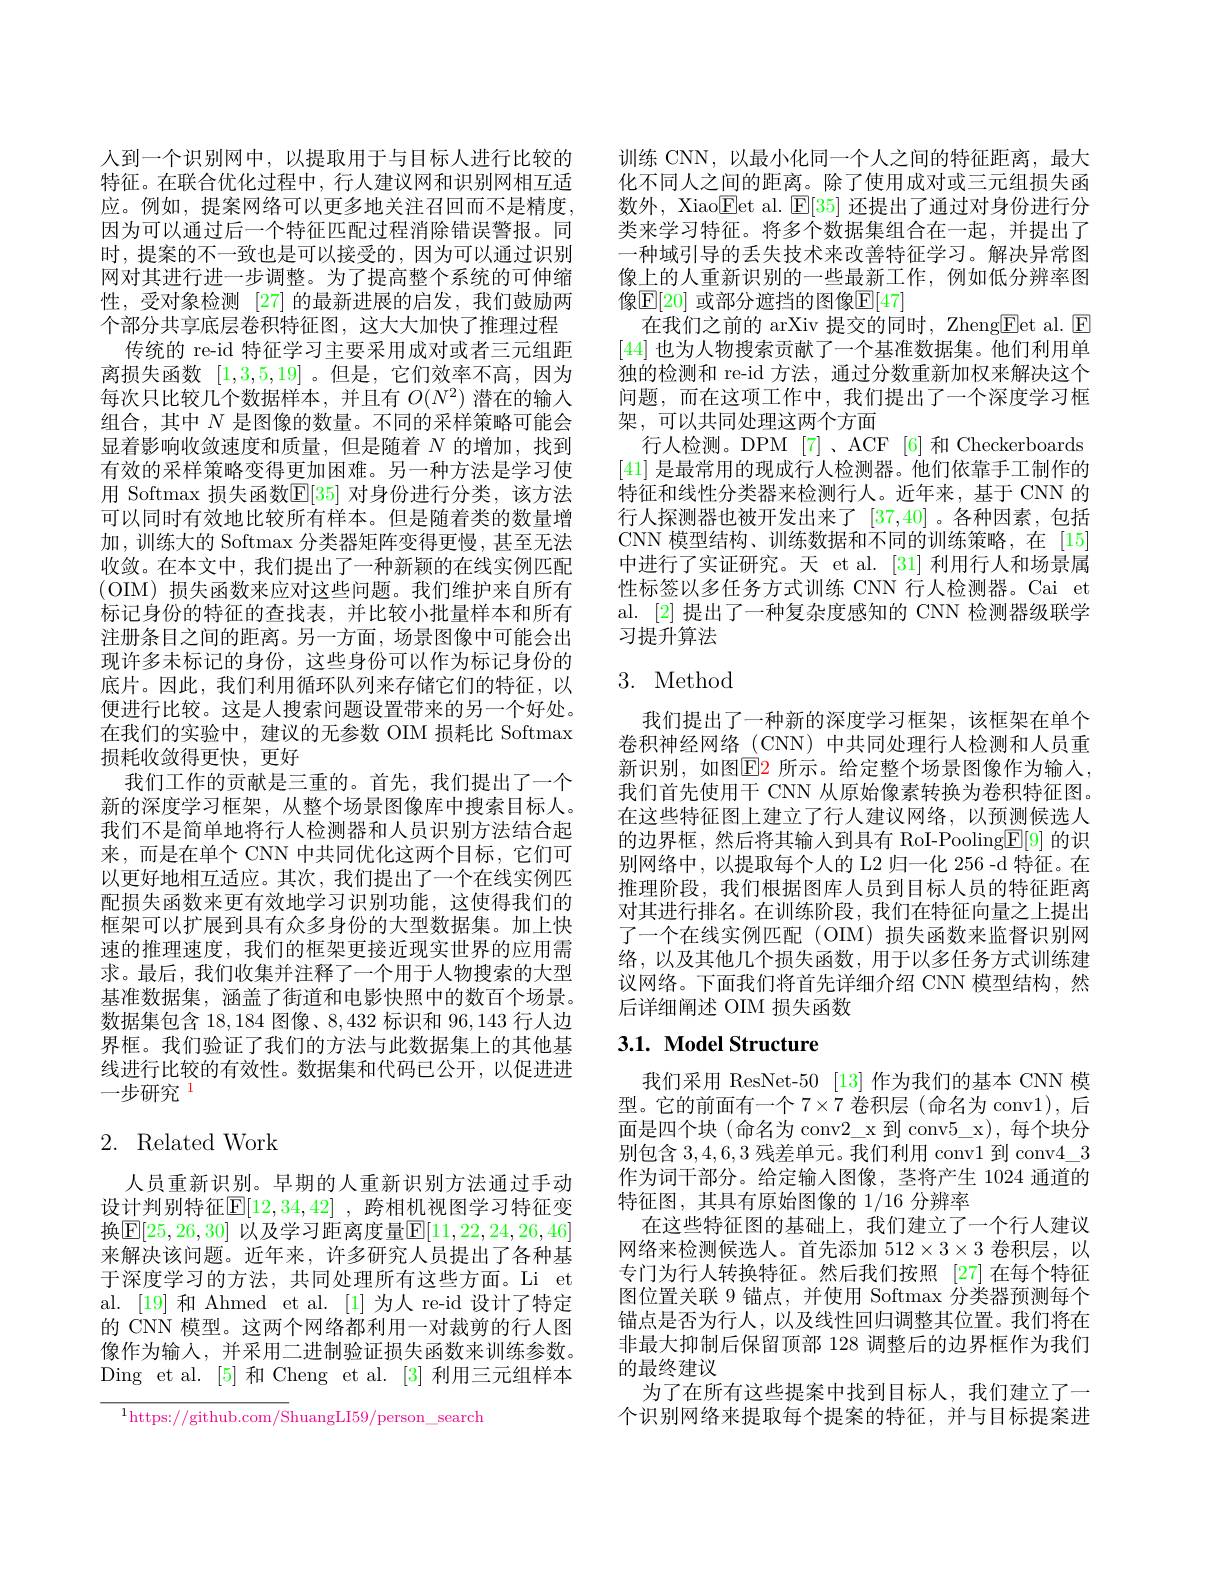
人到一个识别网中，以提取用于与目标人进行比较的特征。在联合优化过程中，行人建议网和识别网相互适应。例如，提案网络可以更多地关注召回而不是精度， 因为可以通过后一个特征匹配过程消除错误警报。同时，提案的不一致也是可以接受的，因为可以通过识别网对其进行进一步调整。为了提高整个系统的可伸缩性，受对象检测 [27] 的最新进展的启发，我们鼓励两个部分共享底层卷积特征图，这大大加快了推理过程
传统的 re-id 特征学习主要采用成对或者三元组距离损失函数[1,3,5,19] 。但是，它们效率不高，因为每次只比较几个数据样本，并且有$O(N^2)$潜在的输人组合，其中$N$是图像的数量。不同的采样策略可能会显着影响收敛速度和质量，但是随着$N$的增加，找到有效的采样策略变得更加困难。另一种方法是学习使用 Softmax 损失函数$\mathbb{E}[35]$ 对身份进行分类，该方法可以同时有效地比较所有样本。但是随着类的数量增加，训练大的 Softmax 分类器矩阵变得更慢，甚至无法收敛。在本文中，我们提出了一种新颖的在线实例匹配(OIM)损失函数来应对这些问题。我们维护来自所有标记身份的特征的查找表，并比较小批量样本和所有注册条目之间的距离。另一方面，场景图像中可能会出现许多未标记的身份，这些身份可以作为标记身份的底片。因此，我们利用循环队列来存储它们的特征，以便进行比较。这是人搜索问题设置带来的另一个好处。在我们的实验中，建议的无参数 OIM 损耗比 Softmax 损耗收敛得更快，更好
我们工作的贡献是三重的。首先，我们提出了一个新的深度学习框架，从整个场景图像库中搜索目标人。我们不是简单地将行人检测器和人员识别方法结合起来，而是在单个 CNN 中共同优化这两个目标，它们可以更好地相互适应。其次，我们提出了一个在线实例匹配损失函数来更有效地学习识别功能，这使得我们的框架可以扩展到具有众多身份的大型数据集。加上快速的推理速度，我们的框架更接近现实世界的应用需求。最后，我们收集并注释了一个用于人物搜索的大型基准数据集，涵盖了街道和电影快照中的数百个场景。数据集包含 18,184 图像、8,432 标识和 96,143 行人边界框。我们验证了我们的方法与此数据集上的其他基线进行比较的有效性。数据集和代码已公开，以促进进一步研究$^{1}$

# 2. Related Work

人员重新识别。早期的人重新识别方法通过手动设计判别特征$[\mathbb{E}[12,34,42]$ ,跨相机视图学习特征变换$\mathbb{E}[25,26,30]$ 以及学习距离度量$\mathbb{E}[11,22,24,26,46]$ 来解决该问题。近年来，许多研究人员提出了各种基于深度学习的方法，共同处理所有这些方面。Li et al. [19] 和 Ahmed et al. [1] 为人 re-id 设计了特定的 CNN 模型。这两个网络都利用一对裁剪的行人图像作为输入，并采用二进制验证损失函数来训练参数。Ding et al. [5] 和 Cheng et al. [3] 利用三元组样本

$^{1}$https://github.com/ShuangLI59/person search

训练 CNN,以最小化同一个人之间的特征距离，最大化不同人之间的距离。除了使用成对或三元组损失函数外，Xiao$\overline{\mathrm{E}}$et al. $\mathbb{E}[35]$还提出了通过对身份进行分类来学习特征。将多个数据集组合在一起，并提出了一种域引导的丢失技术来改善特征学习。解决异常图像上的人重新识别的一些最新工作，例如低分辨率图像$\mathbb{E}[20]$ 或部分遮挡的图像$\mathbb{E}[47]$
在我们之前的 arXiv 提交的同时，Zheng$\underline{\mathrm{E}}$et al. E [44]也为人物搜索贡献了一个基准数据集。他们利用单独的检测和 re-id 方法，通过分数重新加权来解决这个问题，而在这项工作中，我们提出了一个深度学习框架，可以共同处理这两个方面
行人检测。DPM[7]、ACF[6] 和 Checkerboards [41]是最常用的现成行人检测器。他们依靠手工制作的特征和线性分类器来检测行人。近年来，基于 CNN 的行人探测器也被开发出来了[37,40] 。各种因素，包括CNN 模型结构、训练数据和不同的训练策略，在[15] 中进行了实证研究。天 et al.[31] 利用行人和场景属性标签以多任务方式训练 CNN 行人检测器。Cai et al. [2] 提出了一种复杂度感知的 CNN 检测器级联学习提升算法

## 3. Method

我们提出了一种新的深度学习框架，该框架在单个卷积神经网络(CNN)中共同处理行人检测和人员重新识别，如图$\color{red}{\mathrm{E}}\color{blue}{\mathrm{E}}\color{blue}{\mathrm{E}}\color{blue}{\mathrm{E}}\color{blue}{\mathrm{E}}\color{blue}{\mathrm{E}}\color{blue}{\mathrm{E}}\color{blue}{\mathrm{E}}\color{blue}{\mathrm{E}}\color{blua}{\mathrm{E}}\color{blue}{\mathrm{E}}\color{blue}{\mathrm{E}}\color{blue}{\mathrm{E}}\color{blue}{\mathrm{E}}\color{blue}{\mathrm{E}}\color{blue}{\mathrm{E}}\color{blue}{\mathrm{E}}\color{blur}{\mathrm{E}}\color{blue}{\mathrm{E}}\color{blue}{\mathrm{E}}\color{blue}{}$ 我们首先使用干 CNN 从原始像素转换为卷积特征图。在这些特征图上建立了行人建议网络，以预测候选人的边界框，然后将其输人到具有 RoI-Pooling$\boxed{\mathrm{F}}[9]$的识别网络中，以提取每个人的 L2 归一化 256 -d 特征。在推理阶段，我们根据图库人员到目标人员的特征距离对其进行排名。在训练阶段，我们在特征向量之上提出了一个在线实例匹配(OIM)损失函数来监督识别网络，以及其他几个损失函数，用于以多任务方式训练建议网络。下面我们将首先详细介绍 CNN 模型结构，然后详细阐述 OIM 损失函数

# 3.1. Model Structure

我们采用 ResNet-50 [13] 作为我们的基本 CNN 模型。它的前面有一个 7×7 卷积层 (命名为 conv1), 后面是四个块(命名为 conv2\_x 到 conv5\_x), 每个块分别包含3，4,6,3残差单元。我们利用 conv1 到 conv$4\_3$ 作为词干部分。给定输入图像，茎将产生 1024 通道的特征图，其具有原始图像的 1/16 分辨率
在这些特征图的基础上，我们建立了一个行人建议网络来检测候选人。首先添加$512\times3\times3$卷积层，以专门为行人转换特征。然后我们按照 [27]在每个特征图位置关联 9 锚点，并使用 Softmax 分类器预测每个锚点是否为行人，以及线性回归调整其位置。我们将在非最大抑制后保留顶部 128 调整后的边界框作为我们的最终建议
为了在所有这些提案中找到目标人，我们建立了一个识别网络来提取每个提案的特征，并与目标提案进